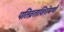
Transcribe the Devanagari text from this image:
पतिव्रताशिरोमणी